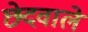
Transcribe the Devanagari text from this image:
छेदवाले